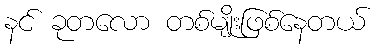
နင် ခုတလော တစ်မျိုးဖြစ်နေတယ်